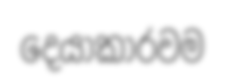
දෙයාකාරවම